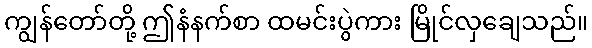
ကျွန်တော်တို့ ဤနံနက်စာ ထမင်းပွဲကား မြိုင်လှချေသည်။